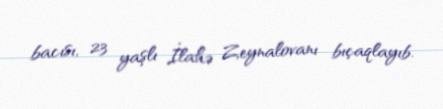
bacısı, 23 yaşlı İlahə Zeynalovanı bıçaqlayıb.